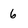
Character: 6